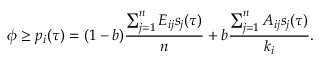
\phi \geq p _ { i } ( \tau ) = ( 1 - b ) \frac { \sum _ { j = 1 } ^ { n } E _ { i j } s _ { j } ( \tau ) } { n } + b \frac { \sum _ { j = 1 } ^ { n } A _ { i j } s _ { j } ( \tau ) } { k _ { i } } .